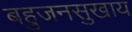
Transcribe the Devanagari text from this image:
बहुजनसुखाय